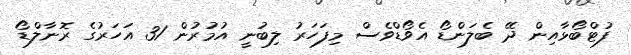
ފުޓްބޯޅާއިން ދޭ ބެލަންޑޯ އެވޯޑްވެސް މިފަހަރު ލިބުނީ އުމުރުން 31 އަހަރުގެ ރޮނާލްޑޯ